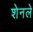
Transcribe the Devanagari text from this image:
शेनले